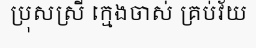
ប្រុសស្រី ក្មេងចាស់ គ្រប់វ័យ